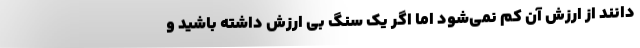
‌دانند از ارزش آن کم نمی‌شود اما اگر یک سنگ بی ارزش داشته باشید و